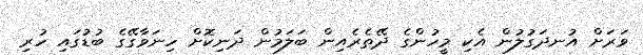
ވަރަށް އުނދަގުލުން އެކި މީހުންގެ ދޭތެރެއިން ބަލަމުން ދަނިކޮށް ހިނަވާގޭގެ ބުޑުގައި ހުރި